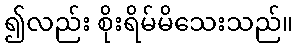
၍လည်း စိုးရိမ်မိသေးသည်။